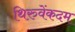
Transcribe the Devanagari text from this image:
थिरुवेंकदम